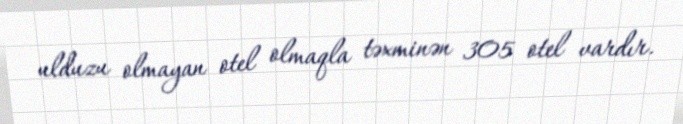
ulduzu olmayan otel olmaqla təxminən 305 otel vardır.